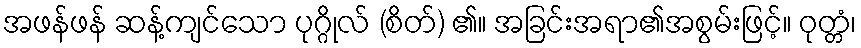
အဖန်ဖန် ဆန့်ကျင်သော ပုဂ္ဂိုလ် (စိတ်) ၏။ အခြင်းအရာ၏အစွမ်းဖြင့်။ ဝုတ္တံ၊